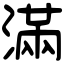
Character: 滿